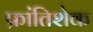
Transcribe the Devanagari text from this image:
फ्रांतिशेक